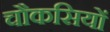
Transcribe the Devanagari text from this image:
चौकसियों